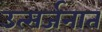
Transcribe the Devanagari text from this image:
उत्सर्जनात